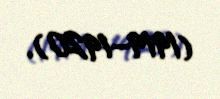
(1919–1920).